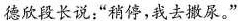
德欣段长说:“稍停，我去撒尿。”